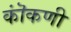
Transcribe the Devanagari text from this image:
कॊंकणी